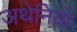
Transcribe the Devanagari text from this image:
अथेनियो